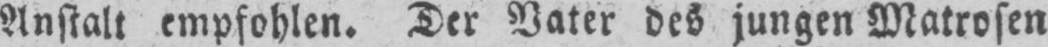
Anstalt empfohlen. Der Vater des jungen Matrosen